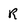
Character: R